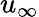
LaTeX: u_{\infty}